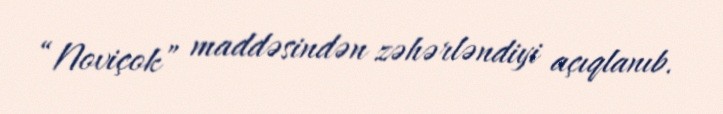
“Noviçok” maddəsindən zəhərləndiyi açıqlanıb.